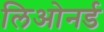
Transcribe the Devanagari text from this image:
लिओनर्ड